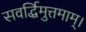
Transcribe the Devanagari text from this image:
सवर्द्धिमुत्तमाम्‌।